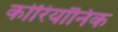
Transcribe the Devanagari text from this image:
कोरियॉनिक